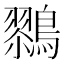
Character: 𱈹